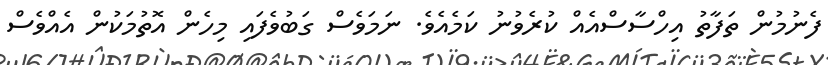
ފެނުމުން ތަފާތު އިހްސާސްއެއް ކުރެވުނު ކަމެއެވެ. ނަމަވެސް ގަބުވެފައި މިހެން އޮތުމަކުން އެއްވެސް